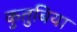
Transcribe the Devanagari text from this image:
कुतुबिया